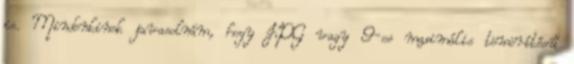
is. Mindenkinek javasolnám, hogy JPG vagy 9-es maximális tömörítésű